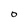
Character: O